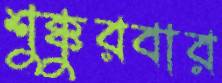
শুক্কুরবার